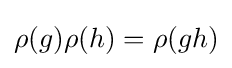
\rho (g)\rho (h)=\rho (gh)